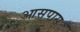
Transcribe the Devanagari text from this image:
आसपास्